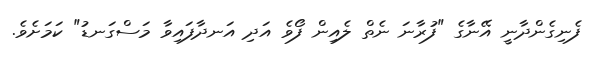
ފެނިގެންދާނީ އޭނާގެ "ފުރާނަ ނެތް ލެއިން ފޯވެ އަދި އަނދާފައިވާ މަސްގަނޑު" ކަމަށެވެ.